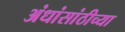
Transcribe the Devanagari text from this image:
अंधांसांठीच्या